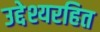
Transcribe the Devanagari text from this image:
उद्देश्यरहित